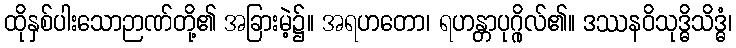
ထိုနှစ်ပါးသောဉာဏ်တို့၏ အခြားမဲ့၌။ အရဟတော၊ ရဟန္တာပုဂ္ဂိုလ်၏။ ဒဿနဝိသုဒ္ဓိသိဒ္ဓံ၊